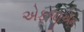
એફજીએમ